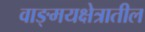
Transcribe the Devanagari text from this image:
वाङ्मयक्षेत्रातील